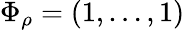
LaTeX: \Phi_{\rho}=(1,\dots,1)